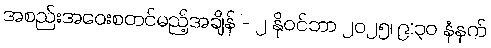
အစည်းအဝေးစတင်မည့်အချိန် - ၂ နိုဝင်ဘာ ၂၀၂၅၊ ၉:၃၀ နံနက်